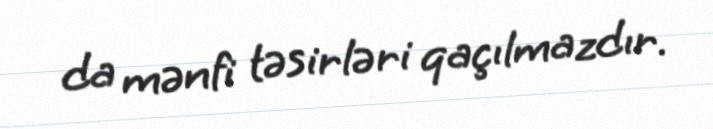
da mənfi təsirləri qaçılmazdır.